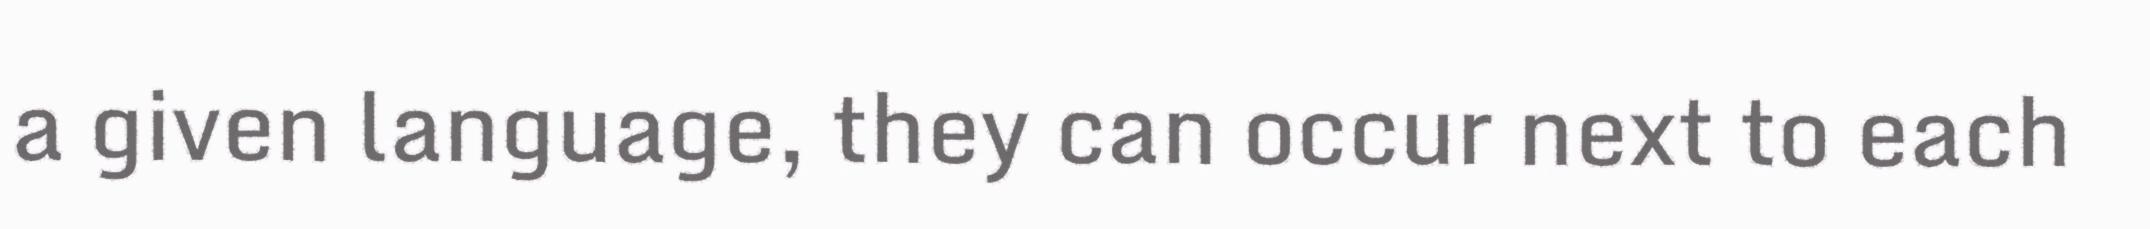
a given language, they can occur next to each